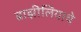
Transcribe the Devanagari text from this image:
ब्राझीलियाचे